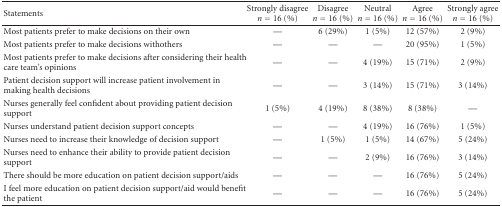
<table><thead><tr><td><b>Statements</b></td><td><b>Strongly disagree <i>n</i> = 16 (%)</b></td><td><b>Disagree <i>n</i> = 16 (%)</b></td><td><b>Neutral <i>n</i> = 16 (%)</b></td><td><b>Agree <i>n</i> = 16 (%)</b></td><td><b>Strongly agree <i>n</i> = 16 (%)</b></td></tr></thead><tbody><tr><td>Most patients prefer to make decisions on their own</td><td>—</td><td>6 (29%)</td><td>1 (5%)</td><td>12 (57%)</td><td>2 (9%)</td></tr><tr><td>Most patients prefer to make decisions withothers</td><td>—</td><td>—</td><td>—</td><td>20 (95%)</td><td>1 (5%)</td></tr><tr><td>Most patients prefer to make decisions after considering their health care team&#x27;s opinions</td><td>—</td><td>—</td><td>4 (19%)</td><td>15 (71%)</td><td>2 (9%)</td></tr><tr><td>Patient decision support will increase patient involvement in making health decisions</td><td>—</td><td>—</td><td>3 (14%)</td><td>15 (71%)</td><td>3 (14%)</td></tr><tr><td>Nurses generally feel confident about providing patient decision support</td><td>1 (5%)</td><td>4 (19%)</td><td>8 (38%)</td><td>8 (38%)</td><td>—</td></tr><tr><td>Nurses understand patient decision support concepts </td><td>—</td><td>—</td><td>4 (19%)</td><td>16 (76%)</td><td>1 (5%)</td></tr><tr><td>Nurses need to increase their knowledge of decision support</td><td>—</td><td>1 (5%)</td><td>1 (5%)</td><td>14 (67%)</td><td>5 (24%)</td></tr><tr><td>Nurses need to enhance their ability to provide patient decision support</td><td>—</td><td>—</td><td>2 (9%)</td><td>16 (76%)</td><td>3 (14%)</td></tr><tr><td>There should be more education on patient decision support/aids</td><td>—</td><td>—</td><td>—</td><td>16 (76%)</td><td>5 (24%)</td></tr><tr><td>I feel more education on patient decision support/aid would benefit the patient</td><td>—</td><td>—</td><td>—</td><td>16 (76%)</td><td>5 (24%)</td></tr></tbody></table>